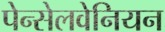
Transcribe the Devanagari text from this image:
पेन्सेलवेनियन